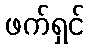
ဖက်ရှင်